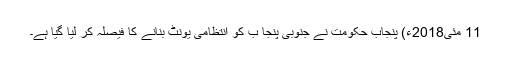
11 مئی2018ء) پنجاب حکومت نے جنوبی پنجا ب کو انتظامی یونٹ بنانے کا فیصلہ کر لیا گیا ہے۔